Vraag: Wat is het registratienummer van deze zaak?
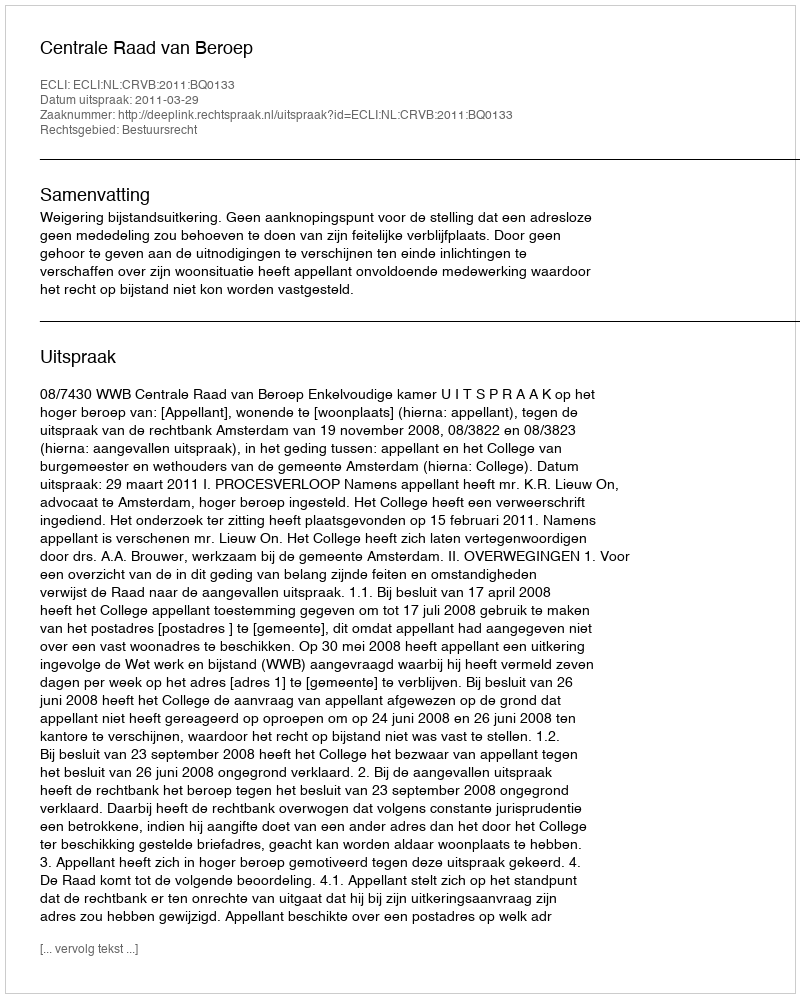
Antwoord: http://deeplink.rechtspraak.nl/uitspraak?id=ECLI:NL:CRVB:2011:BQ0133